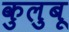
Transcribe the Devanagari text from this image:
कुलुबू